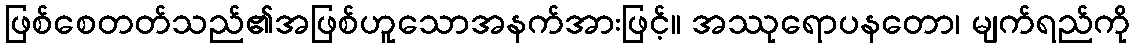
ဖြစ်စေတတ်သည်၏အဖြစ်ဟူသောအနက်အားဖြင့်။ အဿုရောပနတော၊ မျက်ရည်ကို